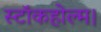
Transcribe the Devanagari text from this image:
स्टॉकहोल्म।